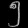
Digit: ၅